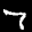
Label: 7